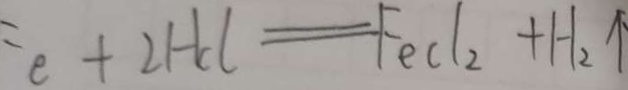
= e + 2 H C l = F e C l _ { 2 } + H _ { 2 } \uparrow